Jaan_Tonisson_(Lasteleht), lk 79
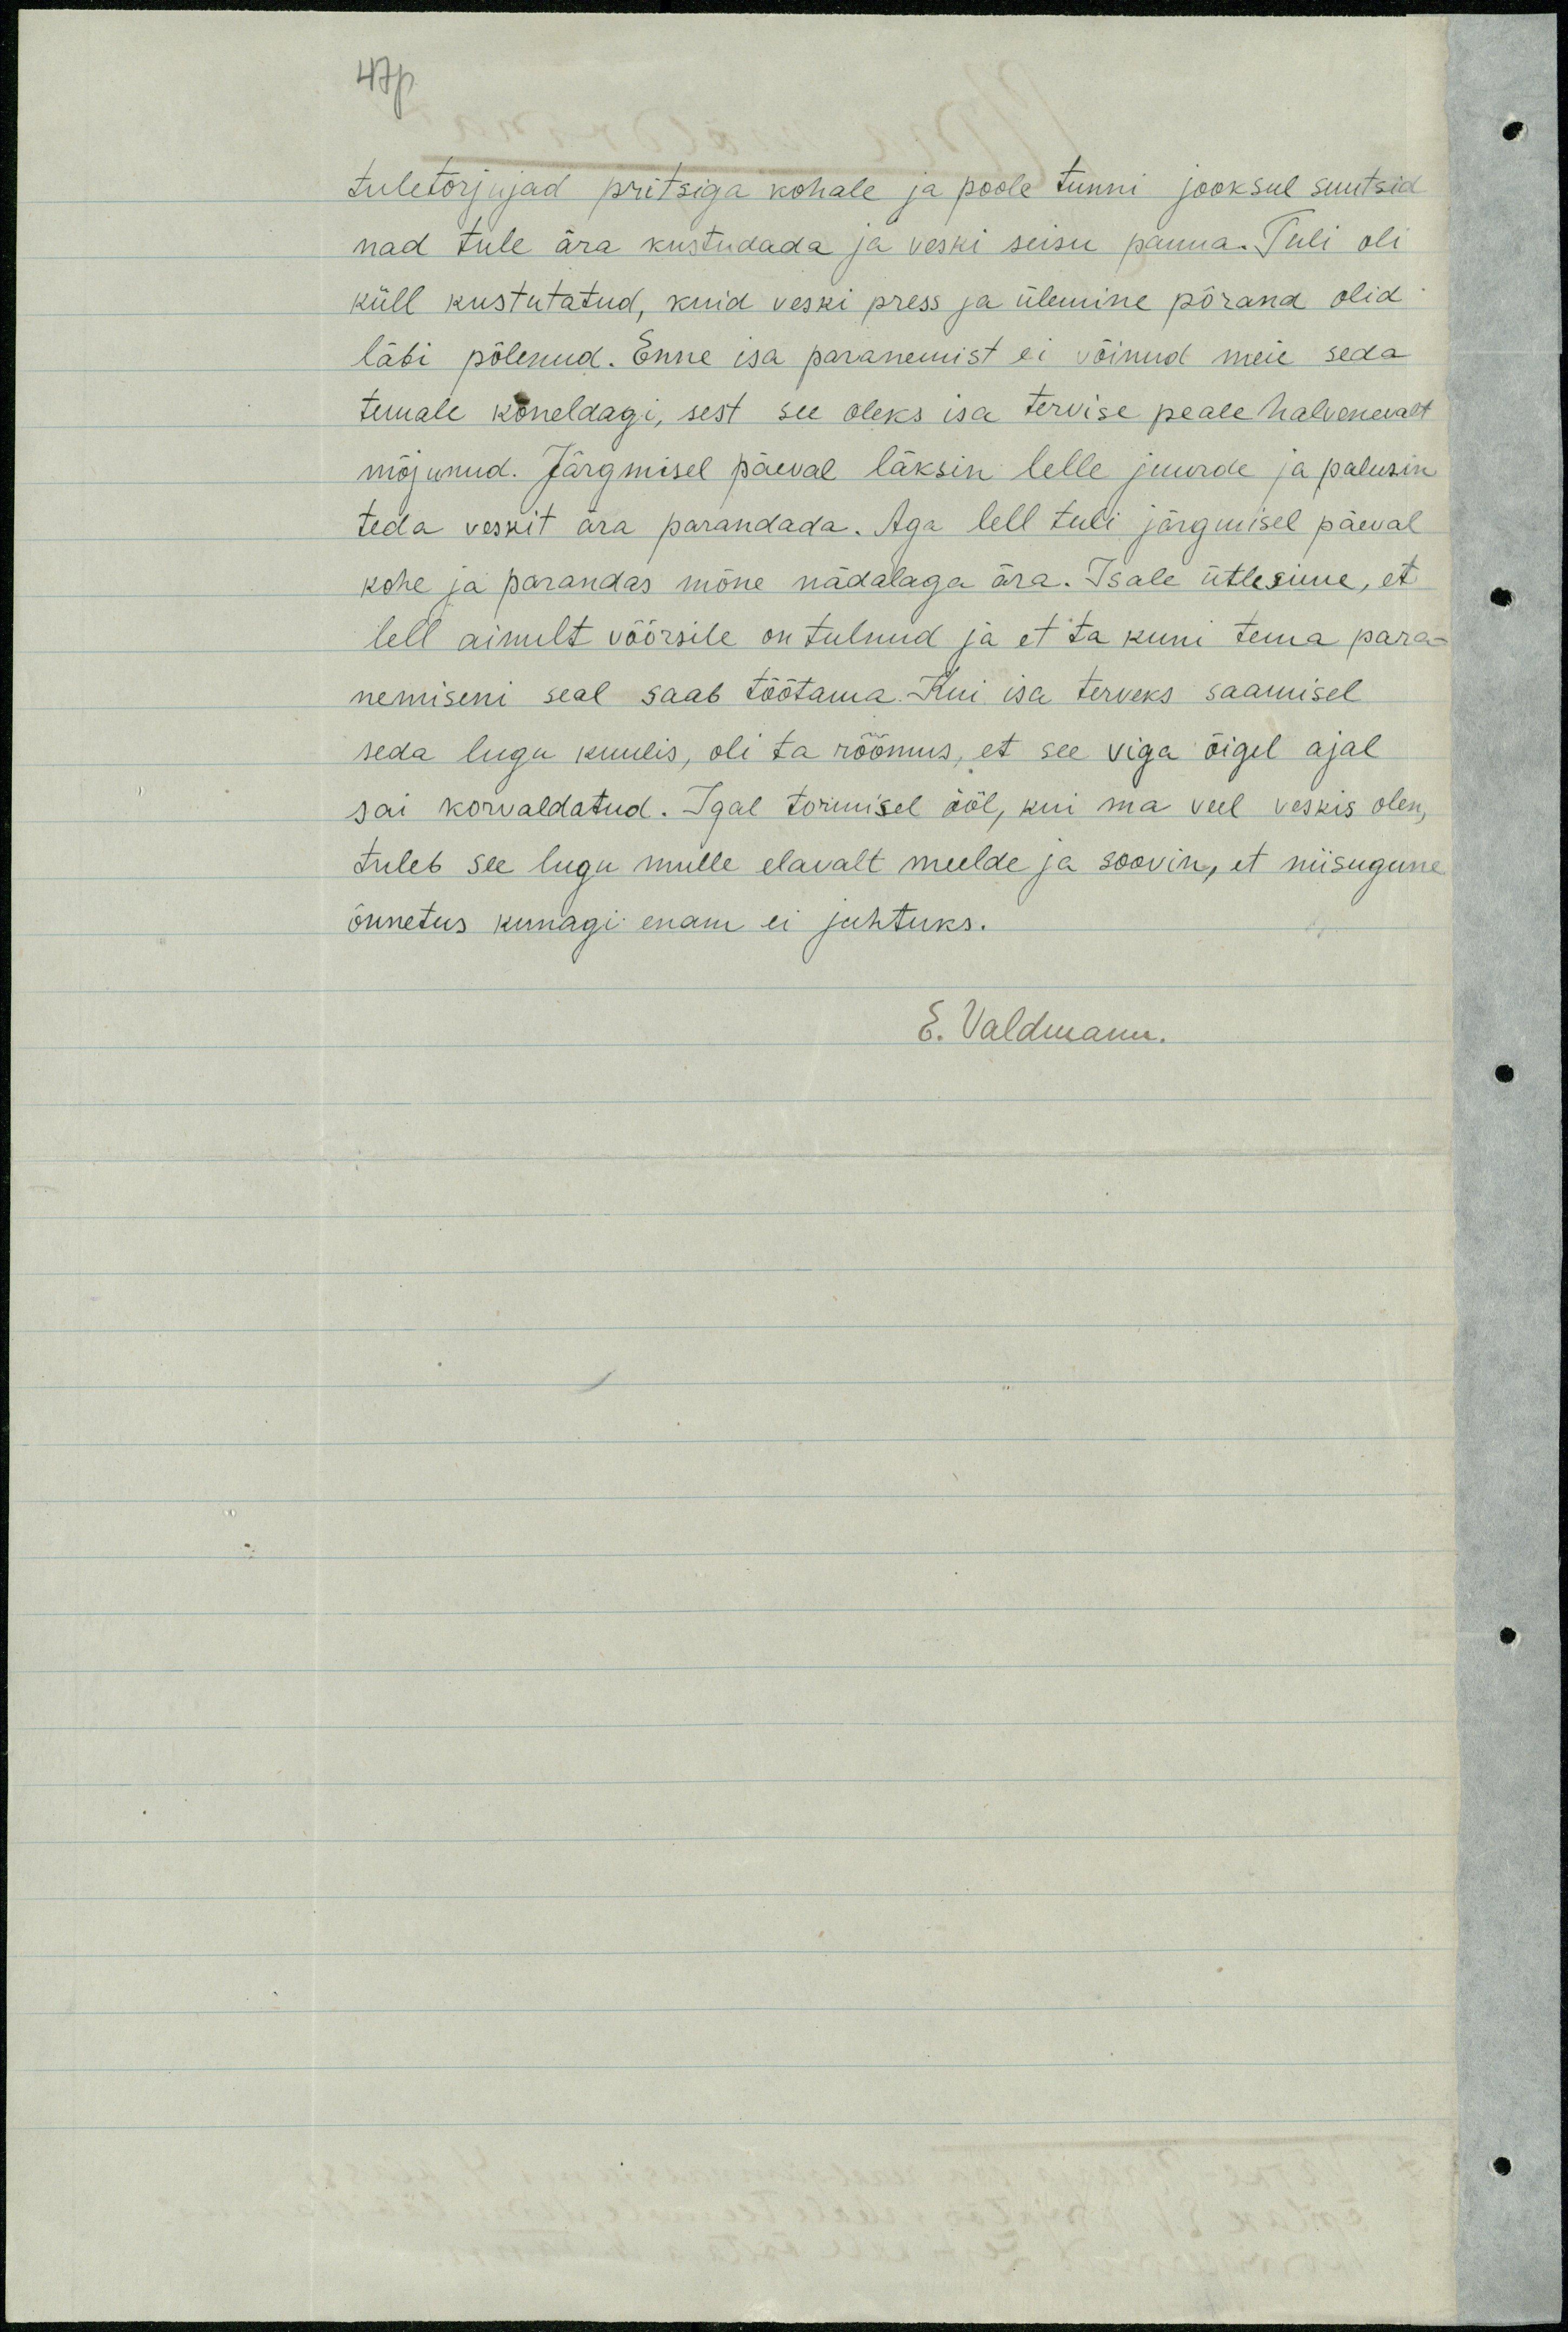
47p

tuletorjujad pritsiga kohale ja poole tunni jooksul suutsid
nad tule ära kustudada ja veski seisu panna. Tuli oli
küll kustutatud, kuid veski press ja ülemine põrand olid
läbi põlenud. Enne isa paranemist ei võinud meie seda
temale kõneldagi, sest see oleks isa tervise peale halvenevalt
mõjunud. Järgmisel päeval läksin lelle juurde ja palusin
teda veskit ära parandada. Aga lell tuli järgmisel päeval
kohe ja parandas mõne nädalaga ära. Isale ütlesime, et
lell ainult võõrsile on tulnud ja et ta kuni tema para-
nemiseni seal saab töötama. Kui isa terveks saamisel
seda lugu kuulis, oli ta rõõmus, et see viga õigel ajal
sai korvaldatud. Igal tormisel ööl, kui ma veel veskis olen,
tuleb see lugu mulle elavalt meelde ja soovin, et niisugune
õnnetus kunagi enam ei juhtuks.
E. Valdmann.